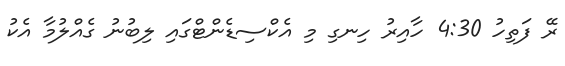
ރޭ ފަތިހު 4:30 ހާއިރު ހިނގި މި އެކްސިޑެންޓްގައި ލިބުނު ގެއްލުމާ އެކު